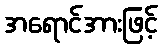
အရောင်အားဖြင့်